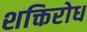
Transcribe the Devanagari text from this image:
शक्तिरोध